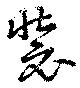
裝